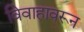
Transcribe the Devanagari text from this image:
विवाहावरून